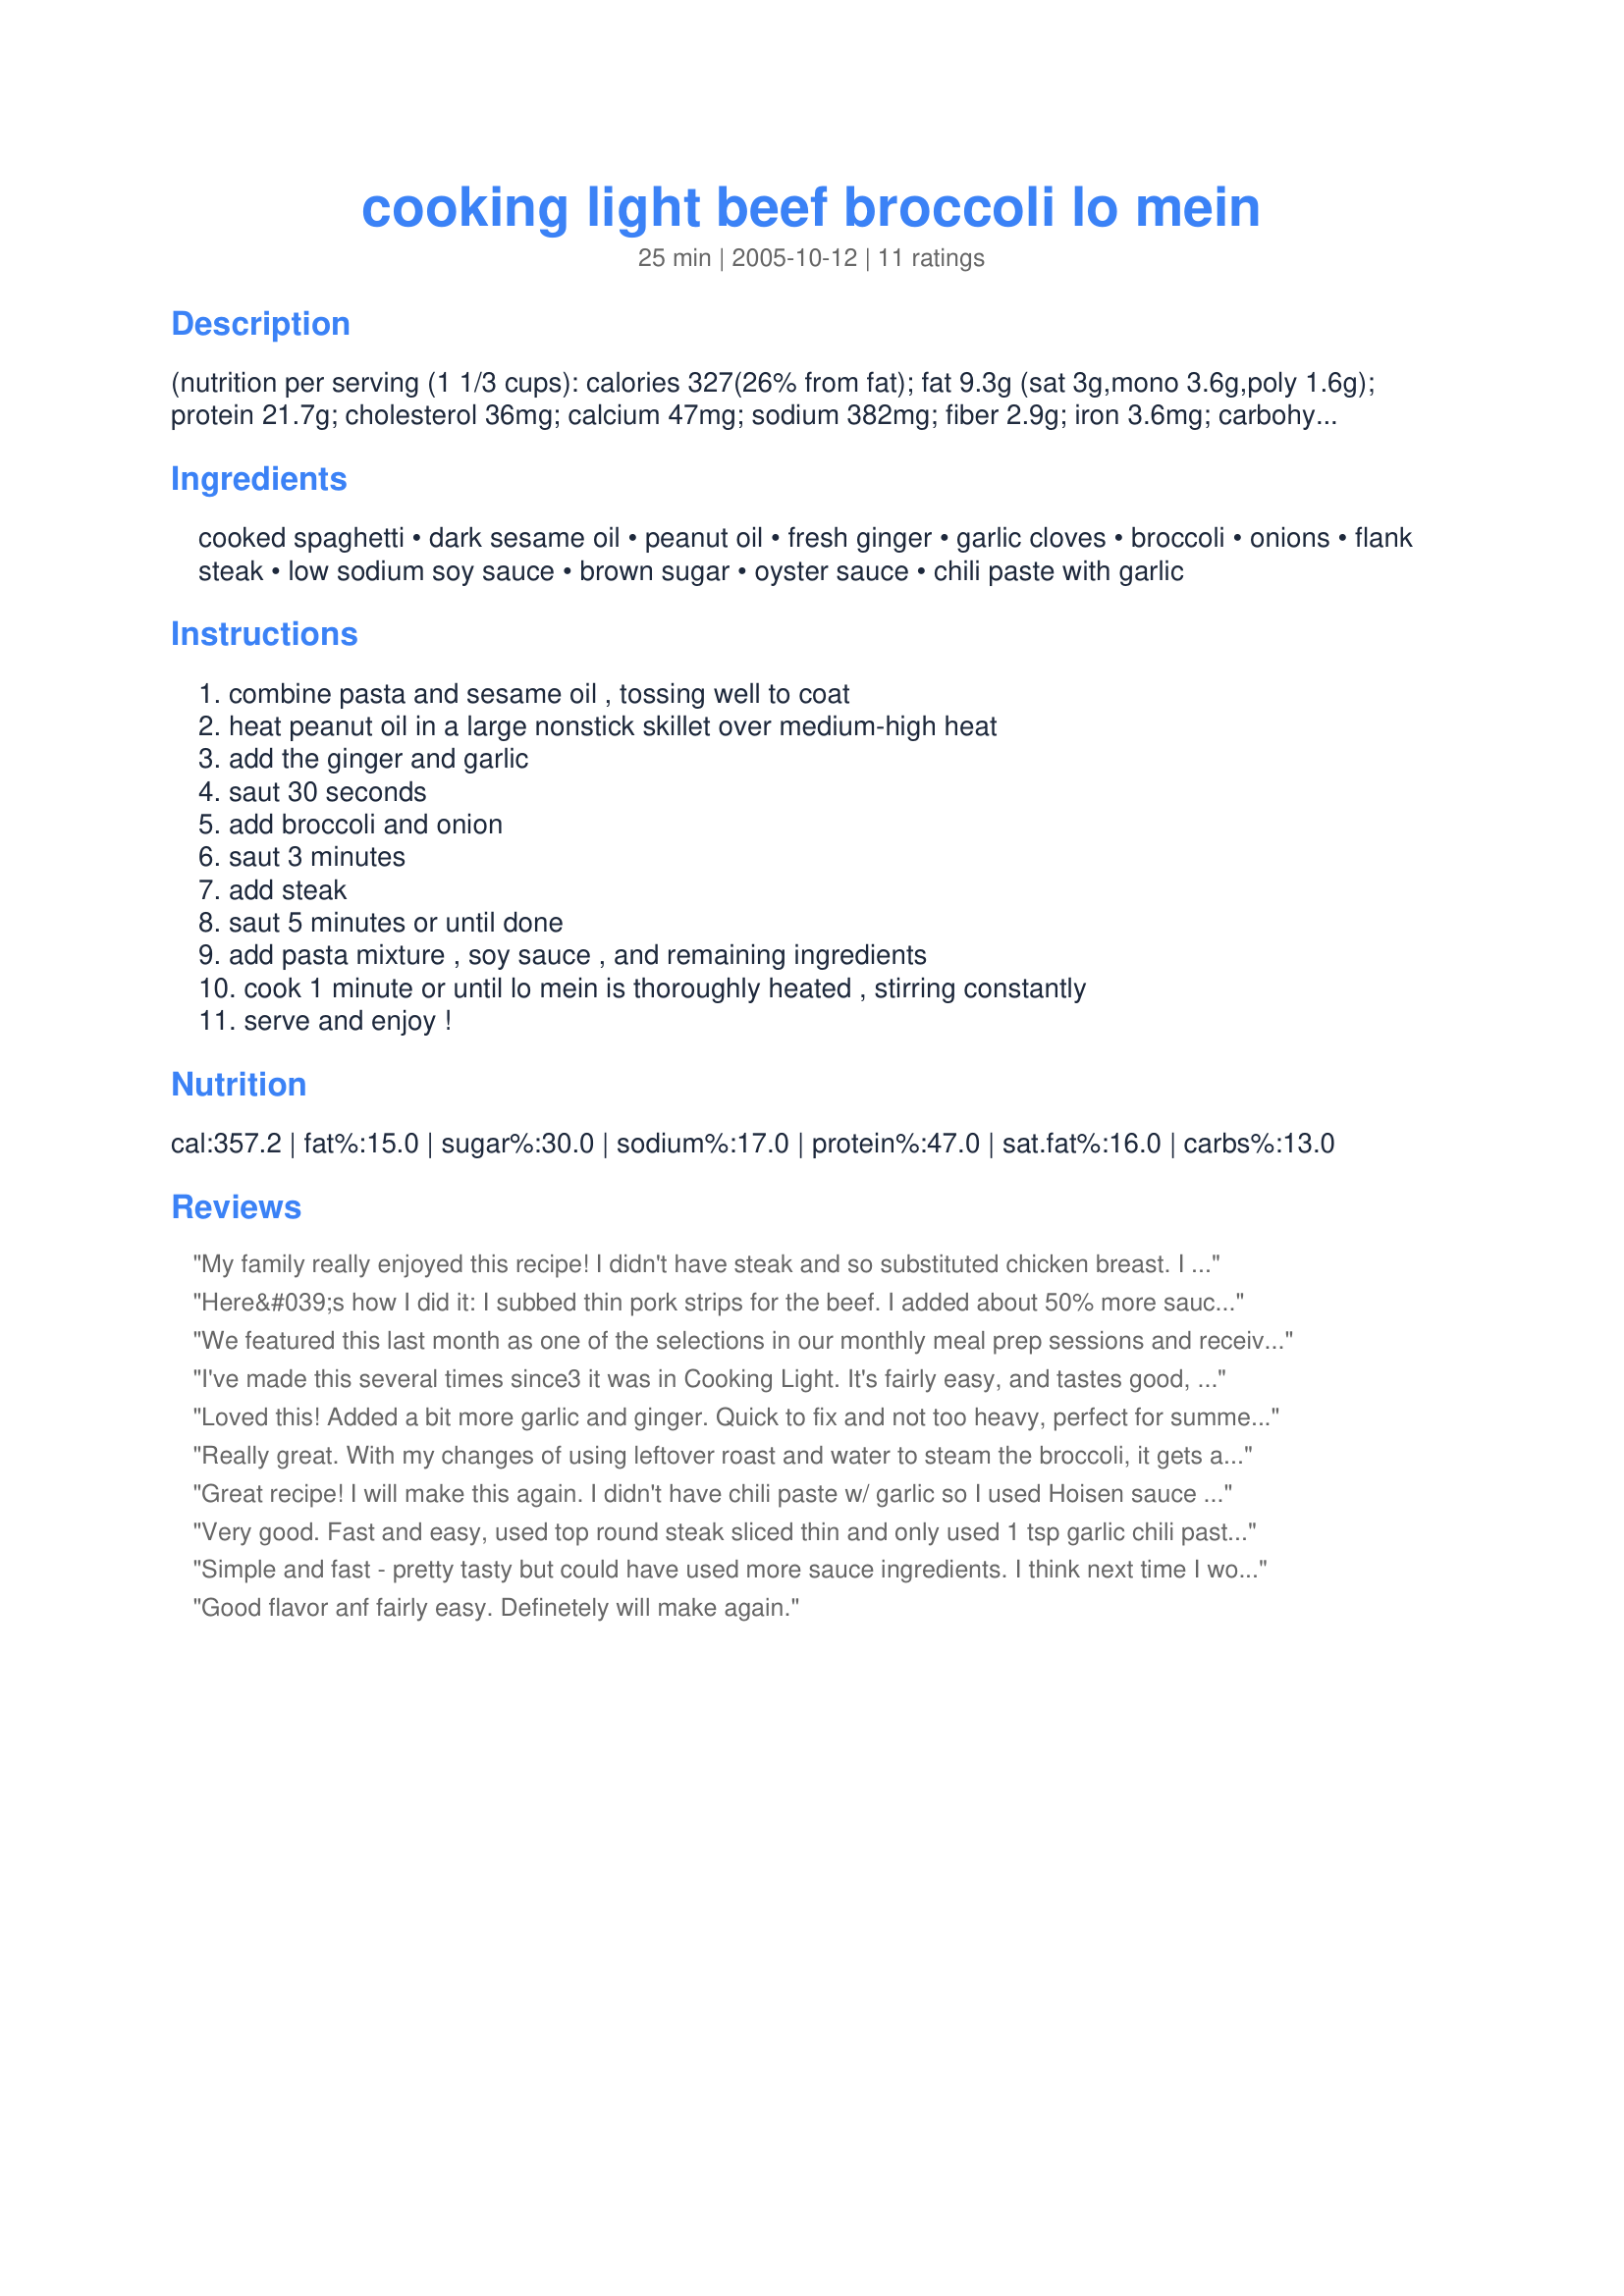
cooking light beef broccoli lo mein
Preparation time: 25 minutes

(nutrition per serving (1 1/3 cups):
calories 327(26% from fat); fat 9.3g (sat 3g,mono 3.6g,poly 1.6g); protein 21.7g; cholesterol 36mg; calcium 47mg; sodium 382mg; fiber 2.9g; iron 3.6mg; carbohydrate 39.1g)

Ingredients:
cooked spaghetti, dark sesame oil, peanut oil, fresh ginger, garlic cloves, broccoli, onions, flank steak, low sodium soy sauce, brown sugar, oyster sauce, chili paste with garlic

Steps:
combine pasta and sesame oil , tossing well to coat, heat peanut oil in a large nonstick skillet over medium-high heat, add the ginger and garlic, saut 30 seconds, add broccoli and onion, saut 3 minutes, add steak, saut 5 minutes or until done, add pasta mixture , soy sauce , and remaining ingredients, cook 1 minute or until lo mein is thoroughly heated , stirring constantly, serve and enjoy !

Reviews:
My family really enjoyed this recipe! I didn't have steak and so substituted chicken breast. I also didn't have peanut oil or oyster sauce. I used evoo to saute the garlic, ginger, broccoli, onions, & red bell pepper. (I had red bell pepper in the refrigerator and so added it in with the broccoli). Yummy! Thank you for sharing.
Here&#039;s how I did it: I subbed thin pork strips for the beef. I added about 50% more sauce fixin&#039;s and used a full pound of angel hair pasta. My family LOVED this dish. I think it would be equally tasty with beef, shrimp, or even chicken. Sorry about the changes, but this is one of those recipes that you can really customize to your liking. I&#039;ll be making it again and again!
We featured this last month as one of the selections in our monthly meal prep sessions and received great feed back. Personally, I loved it; however, I did add some red pepper flakes to give it a little spice!
I've made this several times since3 it was in Cooking Light. It's fairly easy, and tastes good, even though I'm not sure how authentic the spaghetti is. The broccoli is a nice addition. I'm glad to find it here. Thanks for posting!
Loved this! Added a bit more garlic and ginger. Quick to fix and not too heavy, perfect for summer. Leftovers were even better. Cooking Light is my favorite. Thanks for sharing the recipe!
Really great. With my changes of using leftover roast and water to steam the broccoli, it gets a 4 and then a 5 for the next day (took longer for the flavours to meld with the leftover beef, next time I would add beef broth instead of water).
This is a quick every day meal, if I was serving it to company, I would use more traditional noodles.
Great recipe! I will make this again. I didn't have chili paste w/ garlic so I used Hoisen sauce and it was still delish!
Very good. Fast and easy, used top round steak sliced thin and only used 1 tsp garlic chili paste to suit toddlers taste buds, also added a tsp of cornstarch dissolved in 2 tsp water at the end, to help the sauce cling to the rest of the ingredients. Will add the full 2 tsp chili paste next time as it was not too spicy at all with one. A very tasty and economical dinner. Thanks for posting.
Simple and fast - pretty tasty but could have used more sauce ingredients. I think next time I would add more liquid ingredients to fully coat the noodles because mine didn't coat it as much as I thought and I had to add soy sauce to my dish. But 4 stars because its still good and easy and easily altered to fit my taste!
Good flavor anf fairly easy. Definetely will make again.
Will definitely make again. Quick, easy and tasty! I didn't have the chili paste, but used Very Lazy Chillis (from the UK) and thought it turned out great.
